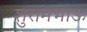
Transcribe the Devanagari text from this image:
शुरामभाऊ